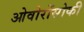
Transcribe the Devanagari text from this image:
ओवोरोंसोकी